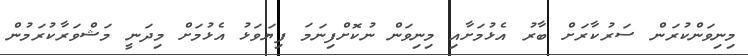
މިނިވަންކުރަން ސަރުކާރަށް ބާރު އެޅުމަށާއި މިނިވަން ނުކޮށްފިނަމަ ފިޔަވަޅު އެޅުމަށް މިދަނީ މަޝްވަރާކުރަމުން